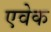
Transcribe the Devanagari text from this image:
एवेक